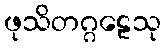
ဖုသိတဂ္ဂဠေသု